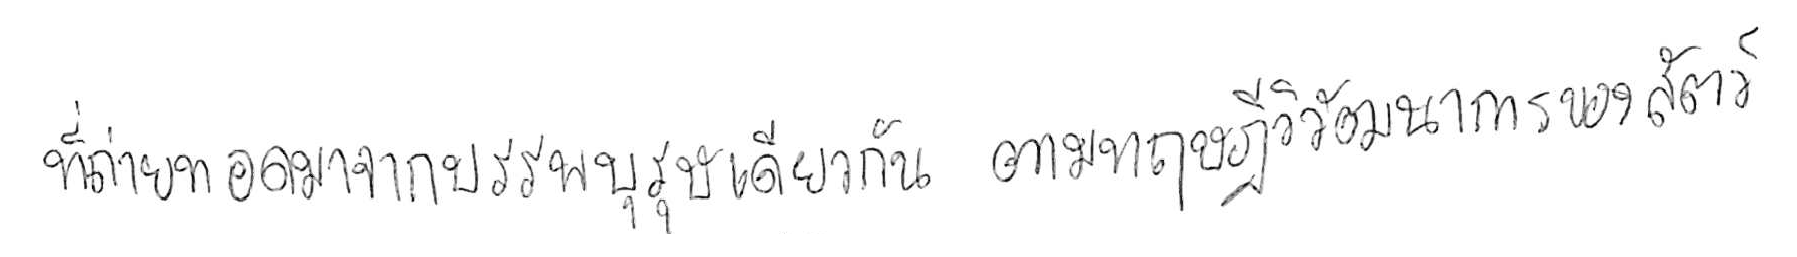
ที่ถ่ายทอดมาจากบรรพบุรุษเดียวกัน ตามทฤษฎีวิวัฒนาการของสัตว์